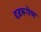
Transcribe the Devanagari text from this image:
दृढ़रूपेण